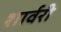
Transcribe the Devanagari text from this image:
शार्वरी